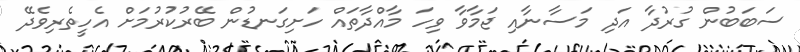
ސަބަބުން ގުރުދާ އަދި މަސާނާއި ޖަމާވާ ވިހަ މާއްދާތައް ހަށިގަނޑުން ބޭރުކުރުމަށް އެހީތެރިވެދޭ